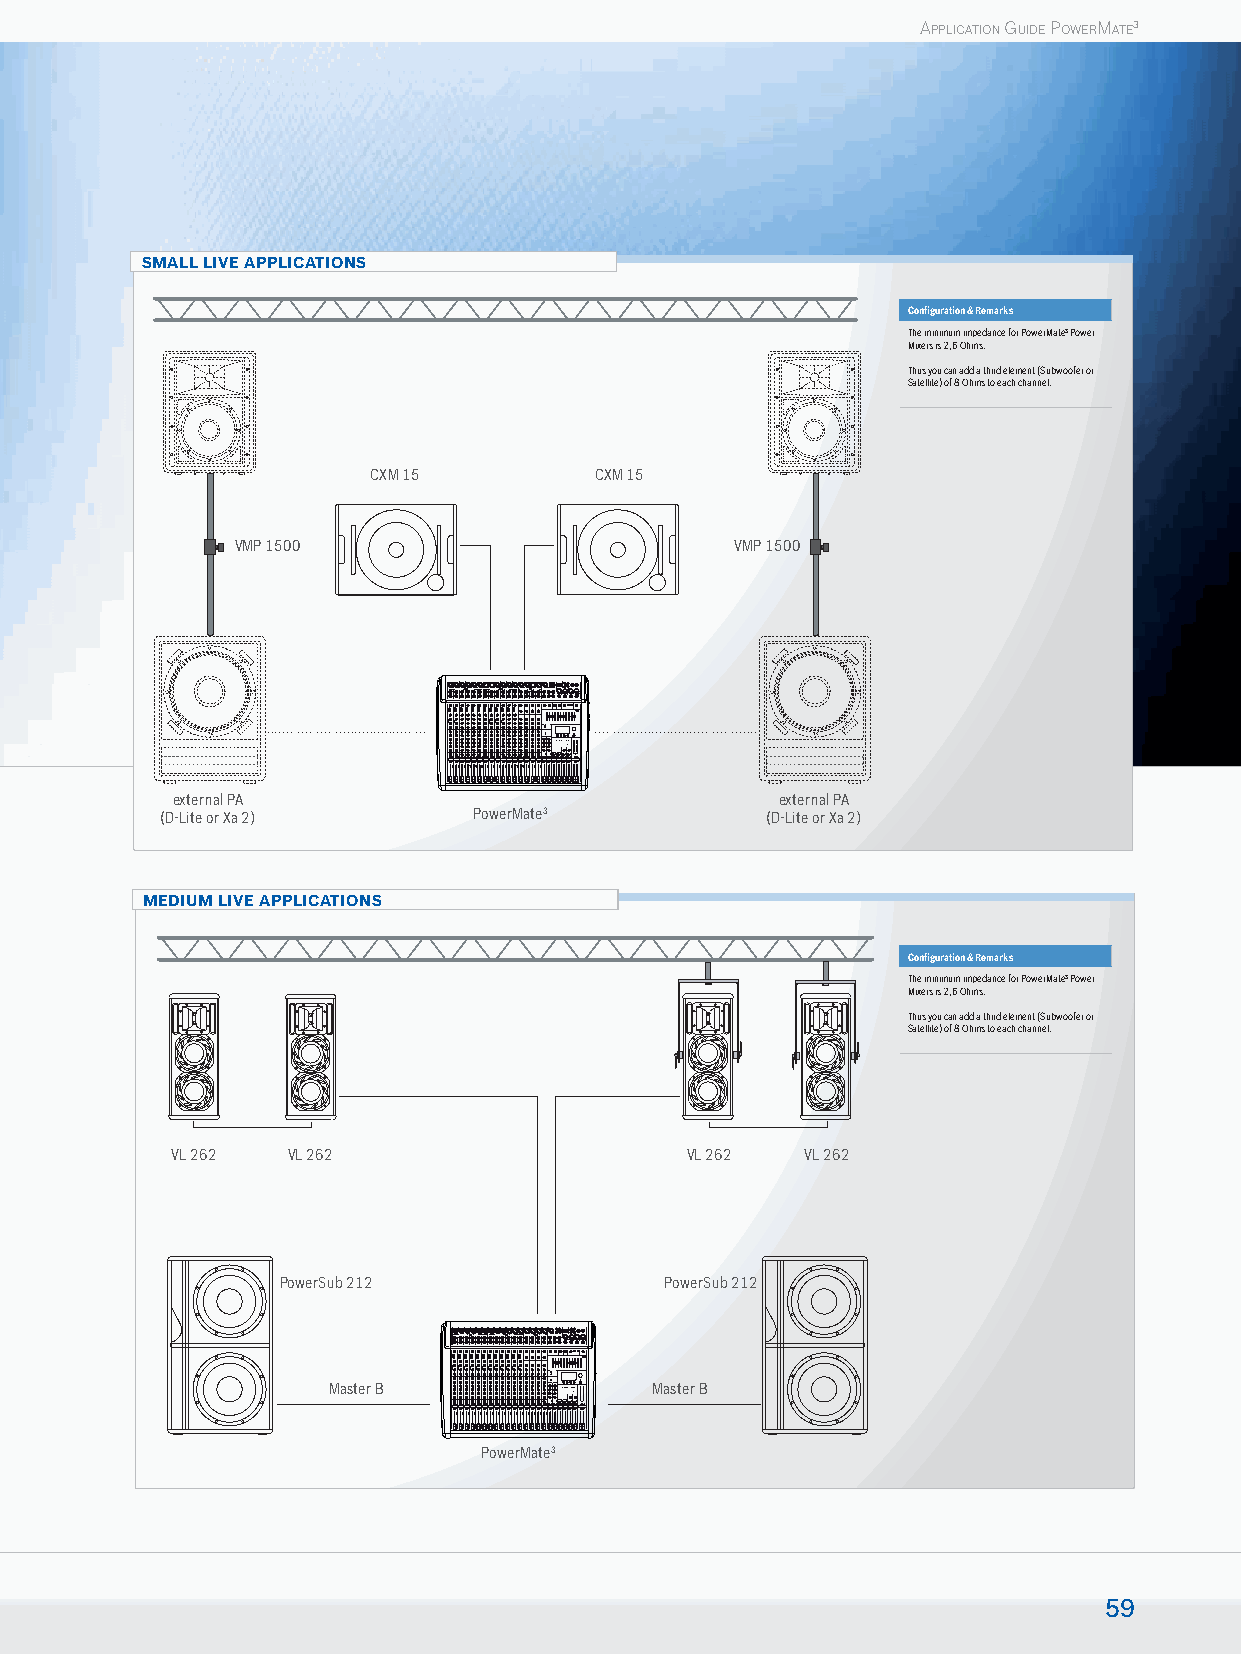
APPLICATION GUIDE POWERMATE3
 SMALL LIVE APPLICATIONS
 Confi guration & Remarks
 The minimum impedance for PowerMate3 Power
 Mixers is 2,6 Ohms.
 Thus you can add a third element (Subwoofer or
 Satellite) of 8 Ohms to each channel.
 CXM 15         CXM 15
 VMP 1500                         VMP 1500
 external PA                             external PA
 (D-Lite or Xa 2)     PowerMate3          (D-Lite or Xa 2)
 MEDIUM LIVE APPLICATIONS
 Confi guration & Remarks
 The minimum impedance for PowerMate3 Power
 Mixers is 2,6 Ohms.
 Thus you can add a third element (Subwoofer or
 Satellite) of 8 Ohms to each channel.
 VL 262  VL 262                    VL 262  VL 262
 PowerSub 212              PowerSub 212
 Master B             Master B
 PowerMate3
 59